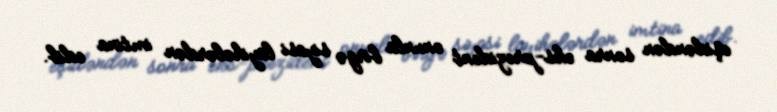
eşidəndən sonra eks-prezident onunla birgə siyasi layihələrdən imtina edib.